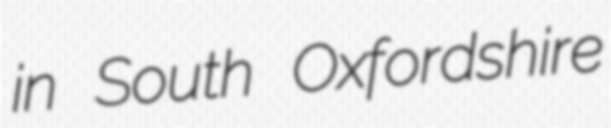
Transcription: in South Oxfordshire